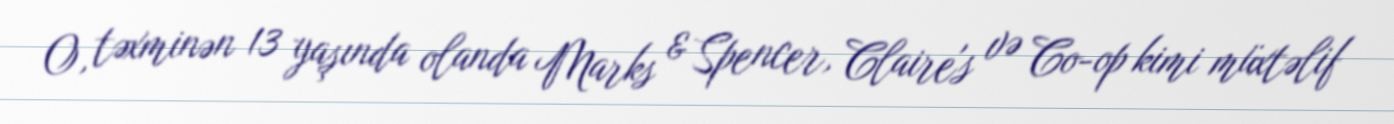
O, təxminən 13 yaşında olanda Marks & Spencer, Claire's və Co-op kimi müxtəlif